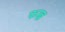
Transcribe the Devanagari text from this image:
फख्र